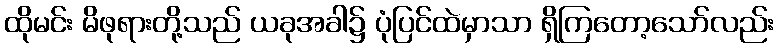
ထိုမင်း မိဖုရားတို့သည် ယခုအခါ၌ ပုံပြင်ထဲမှာသာ ရှိကြတော့သော်လည်း